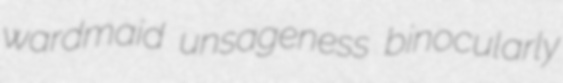
wardmaid unsageness binocularly